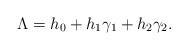
LaTeX: \begin{align*}\Lambda = h_0 + h_1\gamma_1 + h_2\gamma_2.\end{align*}